Alphabetical list of drugs, medicines and other preparations free from, and containing, spirit compiled from the results of tests made by the customs houses at Calcutta, Bombay, and Madras
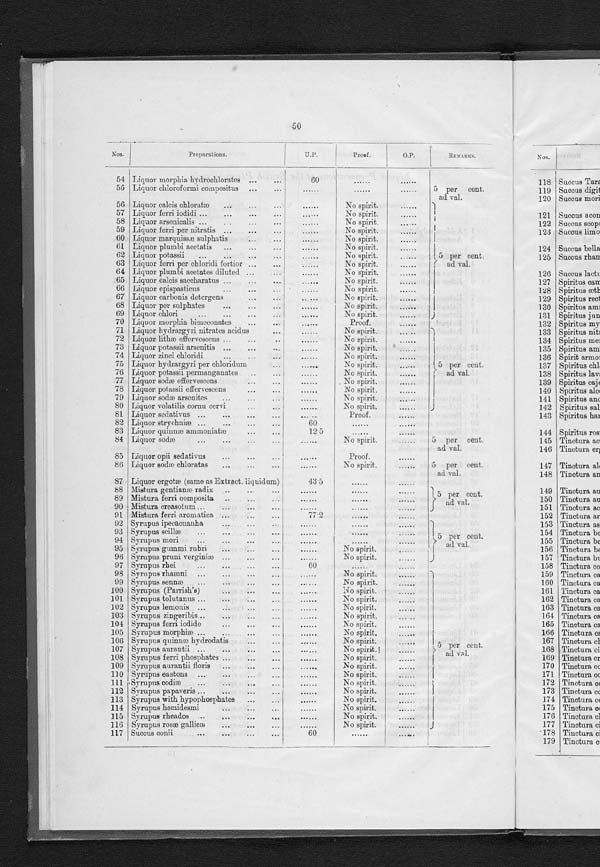
50
Nos.
Preparations.
U.P.
Proof.
O.P.
R E M A R K S .
54 Liquor morphia hydrochlorates ...
60
5 per cent.
ad val.
55 Liquor chloroformi compositus ...
......
56 Liquor calcis chloratæ
...
...
......
No spirit.
......
5 per cent.
ad val.
57 Liquor ferri iodidi ...
...
...
......
No spirit.
. . . . .
58 Liquor arsonicalis ...
...
...
......
No spirit.
. . . . .
59 Liquor ferri per nitratis ...
...
......
No spirit.
......
60 Liquor marquissæ sulphatis
...
......
No spirit.
.....
61 Liquor plumbi acctatis ...
...
......
No spirit.
......
62 Liquor potassii
...
...
...
......
No spirit.
......
63 Liquor ferri per chloridi fortior ...
. . . . . .
No spirit.
.....
64 Liquor plumbi acetates diluted ...
......
No spirit.
......
65 Liquor calcis saccharatus ...
...
......
No spirit.
......
66 Liquor epispasticus
...
...
......
No spirit.
......
67 Liquor carbonis detergens
...
...
...
No spirit.
......
68 Liquor per sulphates
...
...
...
......
No spirit.
......
69 Liquor chlori
...
...
...
......
No spirit.
......
70 Liquor morphia bimeconates
...
. . .
Proof.
......
71 Liquor hydrargyri nitrates acidus
...
......
No spirit.
.....
5 per cent.
ad val.
72 Liquor lithæ effervescens ...
...
......
No spirit. .....
73 Liquor potassii arsenitis ...
...
......
No spirit.
......
74 Liquor zinci chloridi
...
...
...
......
No spirit.
......
75 Liquor hydrargyri per chloridum
No spirit.
. . . . . .
76 Liquor potassii permanganates ..
. . . . . .
No spirit.
......
77 Liquor sodæ effervescens
...
...
......
No spirit.
......
78 Liquor potassii effervescens
...
...
......
No spirit.
.....
79 Liquor sodæ arscnites
...
......
No spirit.
. . . . . .
80 Liquor volatilis cornu cervi
. . . . . .
No spirit.
......
81 Liquor sedativus ...
...
...
.....
Proof.
......
82 Liquor strychniæ ...
...
...
...
60
83 Liquor quinnæ ammoniatæ ... ...
12.5
......
......
84 Liquor sodæ
...
..... ..
No spirit.
......
5 per cent.
ad val.
85 Liquor opii sedativus
...
...
. . . . . .
Proof.
......
5 per cent.
ad val.
86 Liquor sodæ chloratas
...
...
......
No spirit.
87 Liquor ergotæ (same as Extract. liquidum)
43.5
5 per c e n t .
ad val.
88 Mistura gentianæ radix ... ... ....
......
89 Mistura ferri composita ..
......
. . . . . .
90 Mistura croasotum
91 Mistura ferri aromatica
77.2
. . . . . .
....
92 Syrupus ipecacuanha
...
...
......
5
per cent.
ad val
.
93 Syrupus scillæ
...
...
...
. . . . .
9 4 Syrupus mori
. . . . . .
95 Syrupus gummi rubri
...
......
No spirit.
......
96 Syrupus pruni verginiæ ...
...
......
No spirit.
......
97 Syrupus rhei
...
...
...
60
.....
98 Syrupus rhamni ...
...
...
...
......
No spirit.
......
5 per cent.
ad val.
99 Syrupus sennæ
...
...
...
...
......
No spirit.
......
100 Syrupus (Parrish's)
...
...
...
. . . . . .
No spirit.
......
101. Syrupus tolutanus ...
...
...
...
......
No spirit.
.....
102 Syrupus lemonis ...
...
......
No spirit.
......
103 Syrupus zingeribis...
...
...
......
No spirit.
.....
104 Syrupus ferri iodide
...
...
.....
No spirit.
......
105 Syrupus morphiæ ...
...
...
......
No spirit.
.....
106 Syrupus quinnæ hydrodatis
...
...
No spirit.
......
107 Syrupus aurantii ...
...
...
...
.....
No spirit
. . . . . .
1 0 8 Syrupus ferri phosphates ...
...
...
......
No spirit.
. . . . . .
109 Syrupus aurantii floris ...
...
...
...
No spirit.
......
110 Syrupus eastons ...
...
...
......
No spirit.
......
111 Syrupus codiæ
...
...
.... ...
......
No spirit
. . . . . .
112 Syrupus papaveris
......
No spirit.
......
113 Syrupus with hypophosphates ...
...
......
No spirit.
114 Syrupus hemidesmi
...
...
......
No spirit.
....
115 Syrupus rheados ...
...
...
...
......
No spirit.
......
116 Syrupus rosæ gallicæ
...
...
...
. . . . . .
No spirit.
......
117 Succus conii
...
...
...
...
60
....